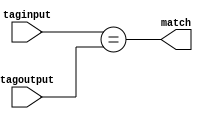
module comparator(taginput,tagoutput,match);
parameter index = 3;
input[index-1:0] taginput;
input[index-1:0] tagoutput;
output match;
wire match;
assign match = (taginput==tagoutput);
endmodule